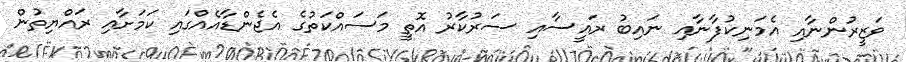
ވަޒީރުންނާއި އެމަނިކުފާނާއި ނައިބު ރައީސާއި ސަރުކާރު އޮތީ މަސައްކަތުގެ އެޖެންޑާއެއްގައި ކަމަށާއި ރައްޔިތުން